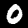
Digit: 0